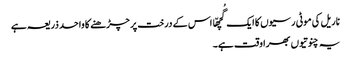
ناریل کی موٹی رسیوں کا ایک گُچھّا اس کے درخت پر چڑھنے کا واحد ذریعہ ہے
یہ چنوتیوں بھرا وقت ہے۔